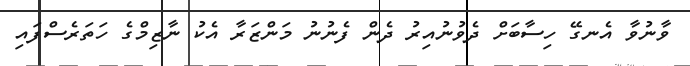
ވާނުވާ އެނގޭ ހިސާބަށް ދެވުނުއިރު ދެން ފެނުނު މަންޒަރާ އެކު ނާޒިމްގެ ހަތަަރެސްފައި